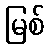
မြစ်